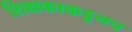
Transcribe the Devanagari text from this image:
शिक्षकाकडूनच